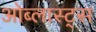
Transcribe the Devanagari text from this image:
ओब्लास्ट्स